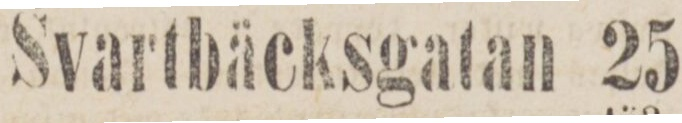
Svartbäcksgatan 25